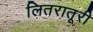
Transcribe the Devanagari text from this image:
लितरातूरी